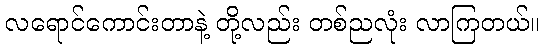
လရောင်ကောင်းတာနဲ့ တို့လည်း တစ်ညလုံး လာကြတယ်။